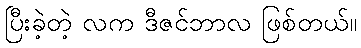
ပြီးခဲ့တဲ့ လက ဒီဇင်ဘာလ ဖြစ်တယ်။